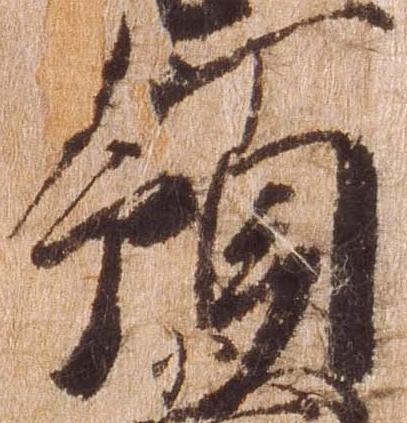
領